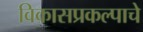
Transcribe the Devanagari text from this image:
विकासप्रकल्पाचे